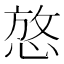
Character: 𪬆